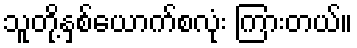
သူတို့နှစ်ယောက်စလုံး ကြားတယ်။